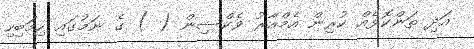
އަދި ތަންކޮޅެއް ކުރިން އެމްއާރު ވެކްސިން ( ) ގެ ނަމުގައި ހިމަބިހި